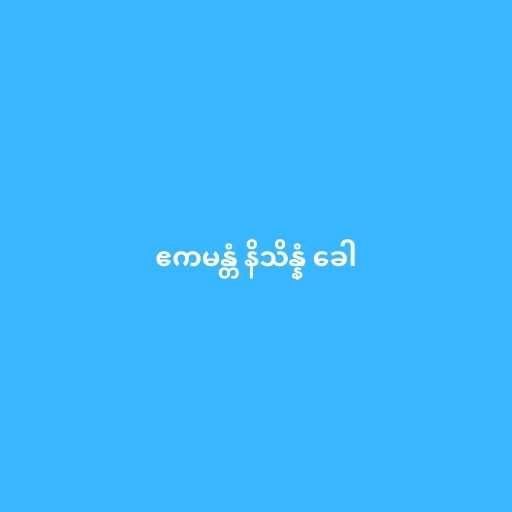
ဧကမန္တံ နိသိန္နံ ခေါ